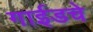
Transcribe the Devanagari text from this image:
गाईडचे